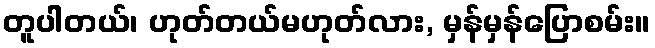
တူပါတယ်၊ ဟုတ်တယ်မဟုတ်လား, မှန်မှန်ပြောစမ်း။